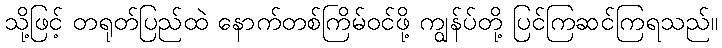
သို့ဖြင့် တရုတ်ပြည်ထဲ နောက်တစ်ကြိမ်ဝင်ဖို့ ကျွန်ပ်တို့ ပြင်ကြဆင်ကြရသည်။